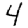
Digit: 4